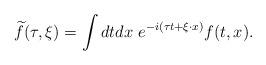
LaTeX: \begin{align*} \widetilde{f}(\tau, \xi) =\int dtdx\ e^{-i(\tau t+\xi\cdot x)} f(t, x). \end{align*}